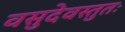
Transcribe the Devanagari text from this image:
वसुदेवस्तुतः